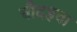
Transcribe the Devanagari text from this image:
चौदहवा